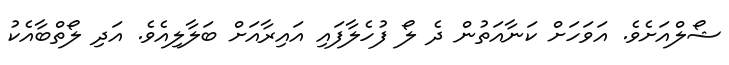
ޝޯލްއަށެވެ. އަވަހަށް ކަނާއަތުން ދެ ލޯ ފުހެލާފައި އައިރާއަށް ބަލާލިއެވެ. އަދި ލޯތްބާއެކު